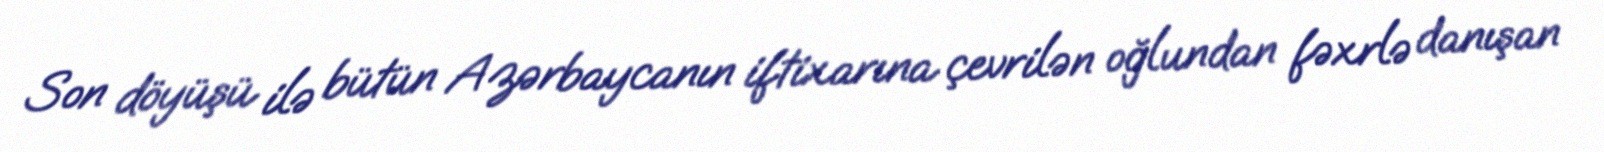
Son döyüşü ilə bütün Azərbaycanın iftixarına çevrilən oğlundan fəxrlə danışan